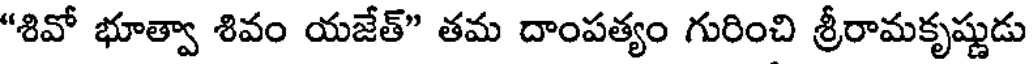
"శివో భూత్వా శివం యజేత్" తమ దాంపత్యం గురించి శ్రీరామకృష్ణుడు